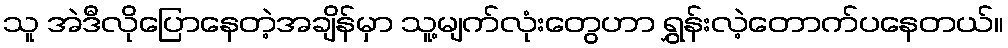
သူ အဲဒီလိုပြောနေတဲ့အချိန်မှာ သူ့မျက်လုံးတွေဟာ ရွှန်းလဲ့တောက်ပနေတယ်။